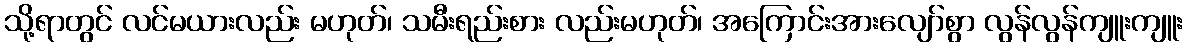
သို့ရာတွင် လင်မယားလည်း မဟုတ်၊ သမီးရည်းစား လည်းမဟုတ်၊ အကြောင်းအားလျော်စွာ လွန်လွန်ကျူးကျူး